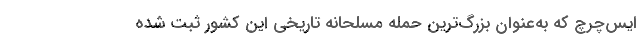
ایس‌چرچ که به‌عنوان بزرگ‌ترین حمله مسلحانه تاریخی این کشور ثبت شده